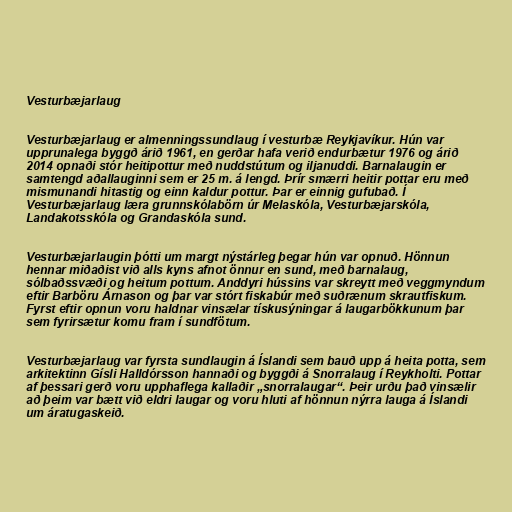
Vesturbæjarlaug

Vesturbæjarlaug er almenningssundlaug í vesturbæ Reykjavíkur. Hún var
upprunalega byggð árið 1961, en gerðar hafa verið endurbætur 1976 og árið
2014 opnaði stór heitipottur með nuddstútum og iljanuddi. Barnalaugin er
samtengd aðallauginni sem er 25 m. á lengd. Þrír smærri heitir pottar eru með
mismunandi hitastig og einn kaldur pottur. Þar er einnig gufubað. Í
Vesturbæjarlaug læra grunnskólabörn úr Melaskóla, Vesturbæjarskóla,
Landakotsskóla og Grandaskóla sund.

Vesturbæjarlaugin þótti um margt nýstárleg þegar hún var opnuð. Hönnun
hennar miðaðist við alls kyns afnot önnur en sund, með barnalaug,
sólbaðssvæði og heitum pottum. Anddyri hússins var skreytt með veggmyndum
eftir Barböru Árnason og þar var stórt fiskabúr með suðrænum skrautfiskum.
Fyrst eftir opnun voru haldnar vinsælar tískusýningar á laugarbökkunum þar
sem fyrirsætur komu fram í sundfötum.

Vesturbæjarlaug var fyrsta sundlaugin á Íslandi sem bauð upp á heita potta, sem
arkitektinn Gísli Halldórsson hannaði og byggði á Snorralaug í Reykholti. Pottar
af þessari gerð voru upphaflega kallaðir „snorralaugar“. Þeir urðu það vinsælir
að þeim var bætt við eldri laugar og voru hluti af hönnun nýrra lauga á Íslandi
um áratugaskeið.